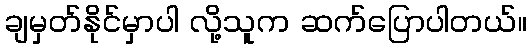
ချမှတ်နိုင်မှာပါ လို့သူက ဆက်ပြောပါတယ်။